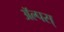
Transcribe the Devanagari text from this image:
ॲल्पस्